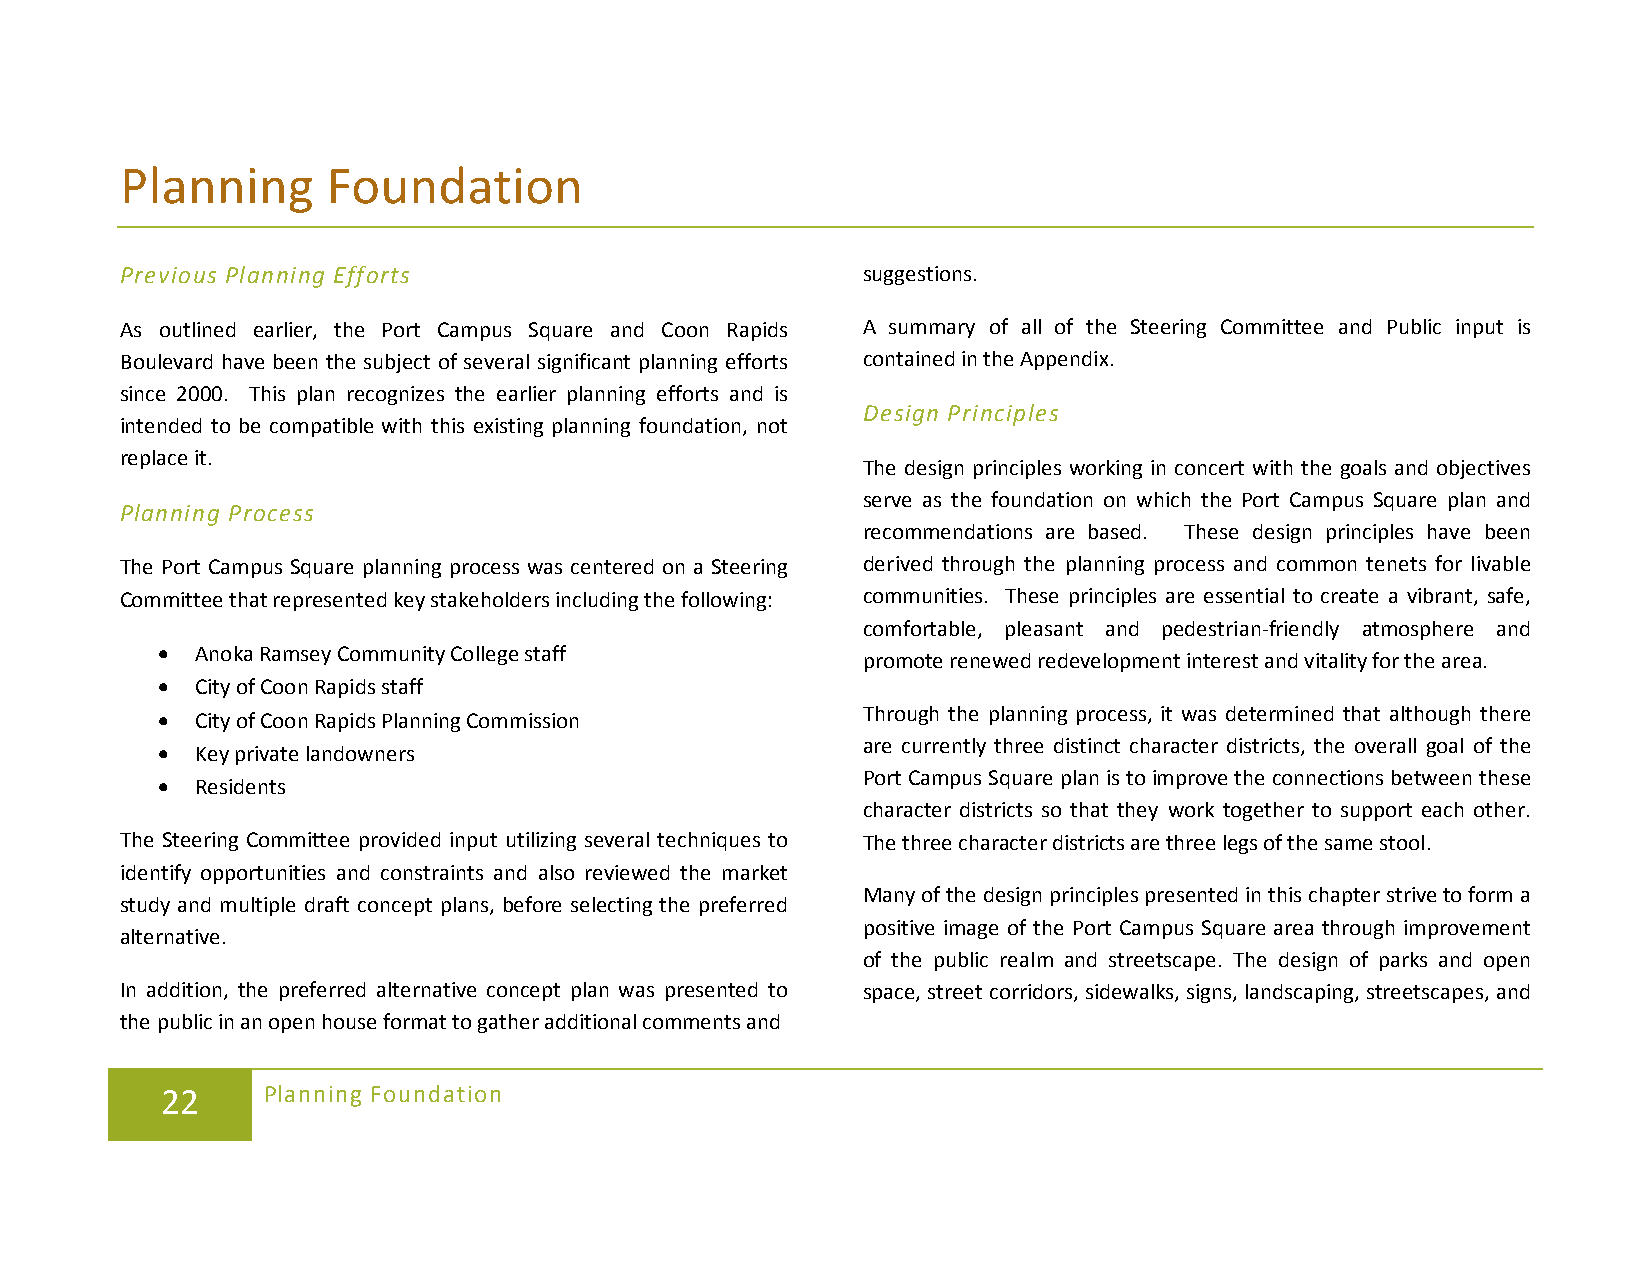
Planning      Foundation
 Previous Planning Efforts                        suggestions.
 As outlined earlier, the Port Campus Square and Coon Rapids A summary of all of the Steering Committee and Public input is
 Boulevard have been the subject of several significant planning efforts contained in the Appendix.
 since 2000. This plan recognizes the earlier planning efforts and is
 Design Principles
 intended to be compatible with this existing planning foundation, not
 replace it.
 The design principles working in concert with the goals and objectives
 serve as the foundation on which the Port Campus Square plan and
 Planning Process
 recommendations are based. These design principles have been
 The Port Campus Square planning process was centered on a Steering derived through the planning process and common tenets for livable
 Committee that represented key stakeholders including the following: communities. These principles are essential to create a vibrant, safe,
 comfortable, pleasant and pedestrian-friendly atmosphere and
 •  Anoka Ramsey Community College staff
 promote renewed redevelopment interest and vitality for the area.
 •  City of Coon Rapids staff
 •  City of Coon Rapids Planning Commission     Through the planning process, it was determined that although there
 •  Key private landowners                      are currently three distinct character districts, the overall goal of the
 Port Campus Square plan is to improve the connections between these
 •  Residents
 character districts so that they work together to support each other.
 The Steering Committee provided input utilizing several techniques to The three character districts are three legs of the same stool.
 identify opportunities and constraints and also reviewed the market
 Many of the design principles presented in this chapter strive to form a
 study and multiple draft concept plans, before selecting the preferred
 positive image of the Port Campus Square area through improvement
 alternative.
 of the public realm and streetscape. The design of parks and open
 In addition, the preferred alternative concept plan was presented to space, street corridors, sidewalks, signs, landscaping, streetscapes, and
 the public in an open house format to gather additional comments and
 22    Planning Foundation